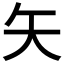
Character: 矢